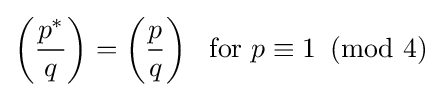
\left({\frac {p^{*}}{q}}\right)=\left({\frac {p}{q}}\right)\ {\text{ for }}p\equiv 1\!\!\!{\pmod {4}}